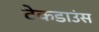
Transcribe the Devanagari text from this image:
टेकडाउंस